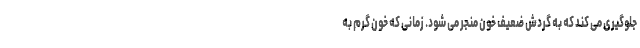
جلوگیری می کند که به گردش ضعیف خون منجر می شود. زمانی که خون گرم به